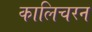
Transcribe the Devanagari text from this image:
कालिचरन